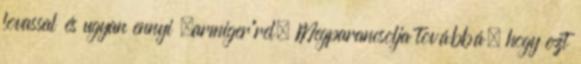
lovassal és ugyan ennyi „armiger”rel. Megparancsolja továbbá, hogy ezt